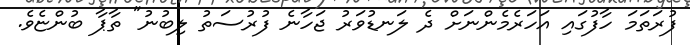
ފުރަތަމަ ހާފުގައި އަހަރެމެންނަށް ދެ ލަނޑުވަރު ޖަހާނެ ފުރުސަތު ލިބުނު" ތާޕާ ބުންޏެވެ.